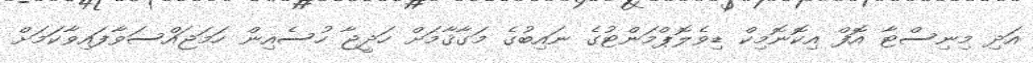
އަދި މިނިސްޓާ އޮފް އިކޮނޮމިކް ޑިވެލޮޕްމަންޓުގެ ނައިބުގެ މަގާޤާމަށް ހަދީޖާ ހުސެއިން ހަމަޖައްސަވާފައިވާކަމަށް